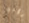
يؤدي